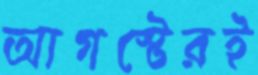
আগস্টেরই